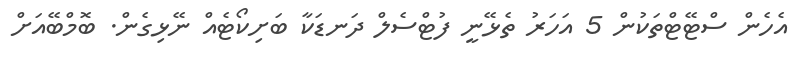
އެހެން ސްޓޭޓްތަކުން 5 އަހަރު ތެޅޭނީ ފުޓްސެލް ދަނޑަކާ ބަށިކޯޓެއް ނޭޅިގެން. ބޮމްބޭއަށް